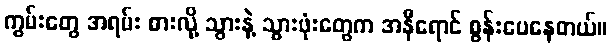
ကွမ်းတွေ အရမ်း စားလို့ သွားနဲ့ သွားဖုံးတွေက အနီရောင် စွန်းပေနေတယ်။